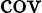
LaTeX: \operatorname{cov}